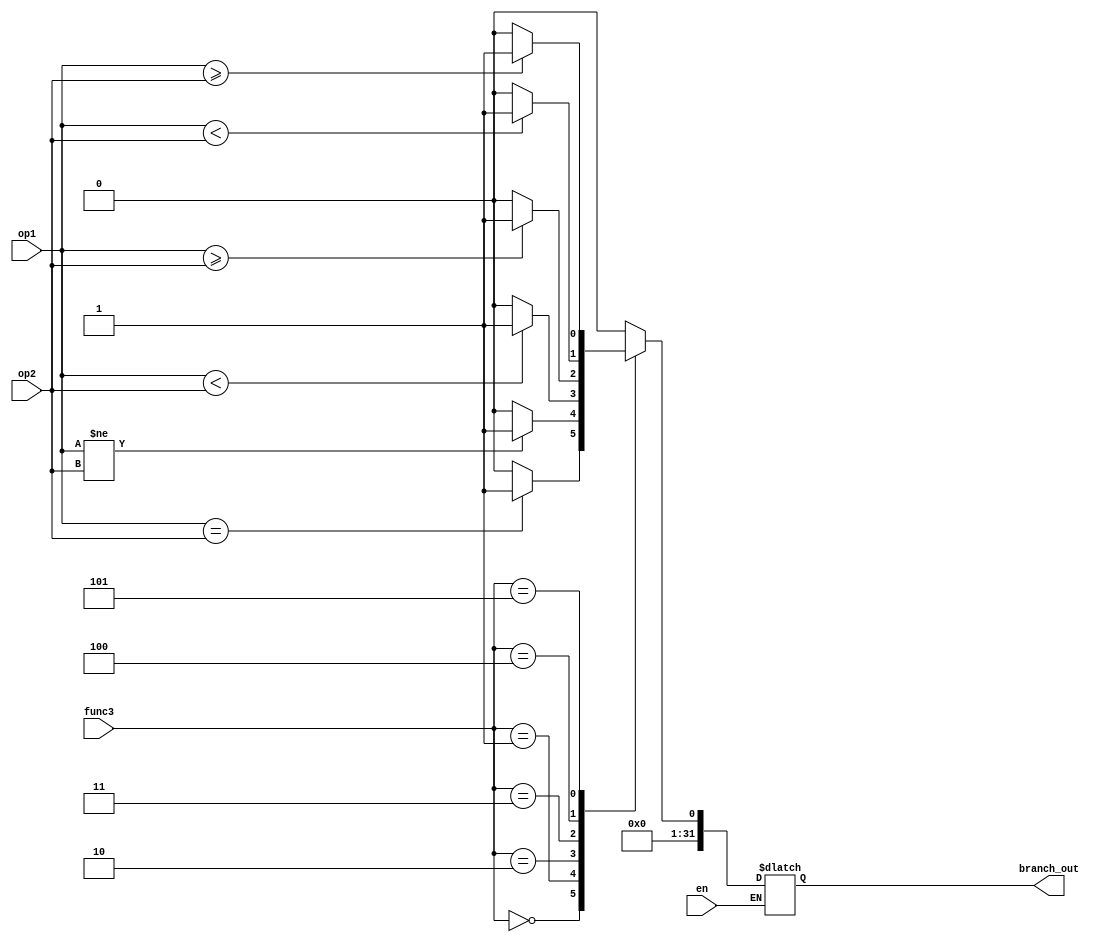
module branch (en,op1,op2,func3,branch_out);
input wire en; // en coming from control unit branch
input wire [31:0]op1;
input wire [31:0]op2;
input wire [2:0]func3; // [14:12] bits of input
output reg [31:0] branch_out;

    always @ (*)
    begin 
        if (en==1)begin
        case (func3)
        3'b000:begin 
            branch_out = (op1==op2)?1:0;
        end
        3'b001:begin 
            branch_out = (op1!=op2)?1:0;
        end
        3'b010:begin 
            branch_out = ( $signed(op1) < $signed (op2) )?1:0;
        end
        3'b011:begin 
            branch_out = ( $signed (op1) >= $signed (op2) )?1:0;
        end
        3'b100:begin 
            branch_out = (op1<op2)?1:0;
        end
        3'b101:begin 
            branch_out = (op1>=op2)?1:0;
        end
        default:begin
            branch_out = 0;
         end
        endcase
        end
    end
endmodule